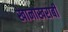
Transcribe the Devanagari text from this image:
खानाखराबी